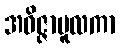
အဝိဇ္ဇာမူလကာ